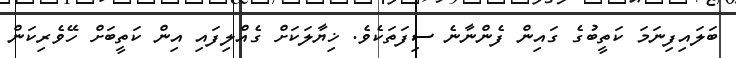
ބަލައިފިނަމަ ކަތީބުގެ ގައިން ފެންނާނެ ސިފަތަކެވެ. ޚިޔާލަކަށް ގެއްލިފައި އިން ކަތީބަށް ހޭވެރިކަން